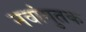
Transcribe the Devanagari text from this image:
नवांगुतक